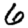
Digit: 6